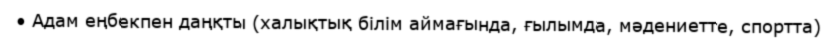
• Адам еңбекпен даңқты (халықтық білім аймағында, ғылымда, мәдениетте, спортта)